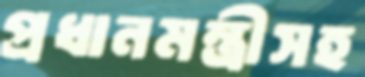
প্রধানমন্ত্রীসহ